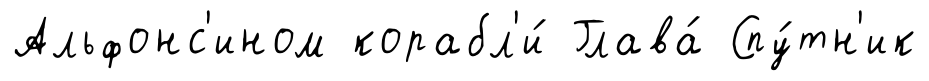
Альфонс'ином корабл'и́ Глава́ Спу́тн'ик